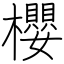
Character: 櫻